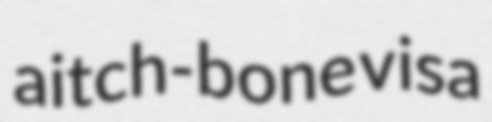
aitch-bone visa